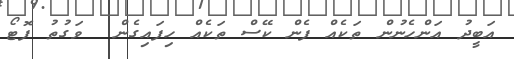
އަބީދު އަންހެނުން ތަކެއް ފެން ކޭސް ތަކެއް ހިފައިގެން  ވަގުތު ފޮޓޯ